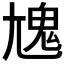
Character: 𩲄